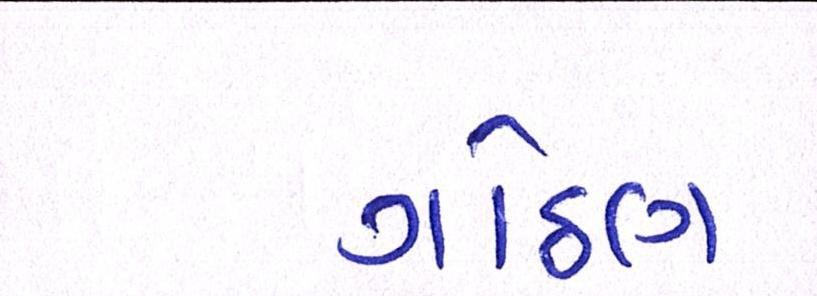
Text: ગોઠણ